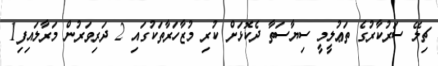
ޗިލޭ ސަރުކާރުގެ ތަޢުލީމީ ސިޔާސަތާ ދެކޮޅަށް ކުރި މުޒާހަރާތަކުގައި 2 ދަރިވަރުން މަރާލައިފި1